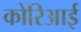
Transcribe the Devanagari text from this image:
कोरिआई